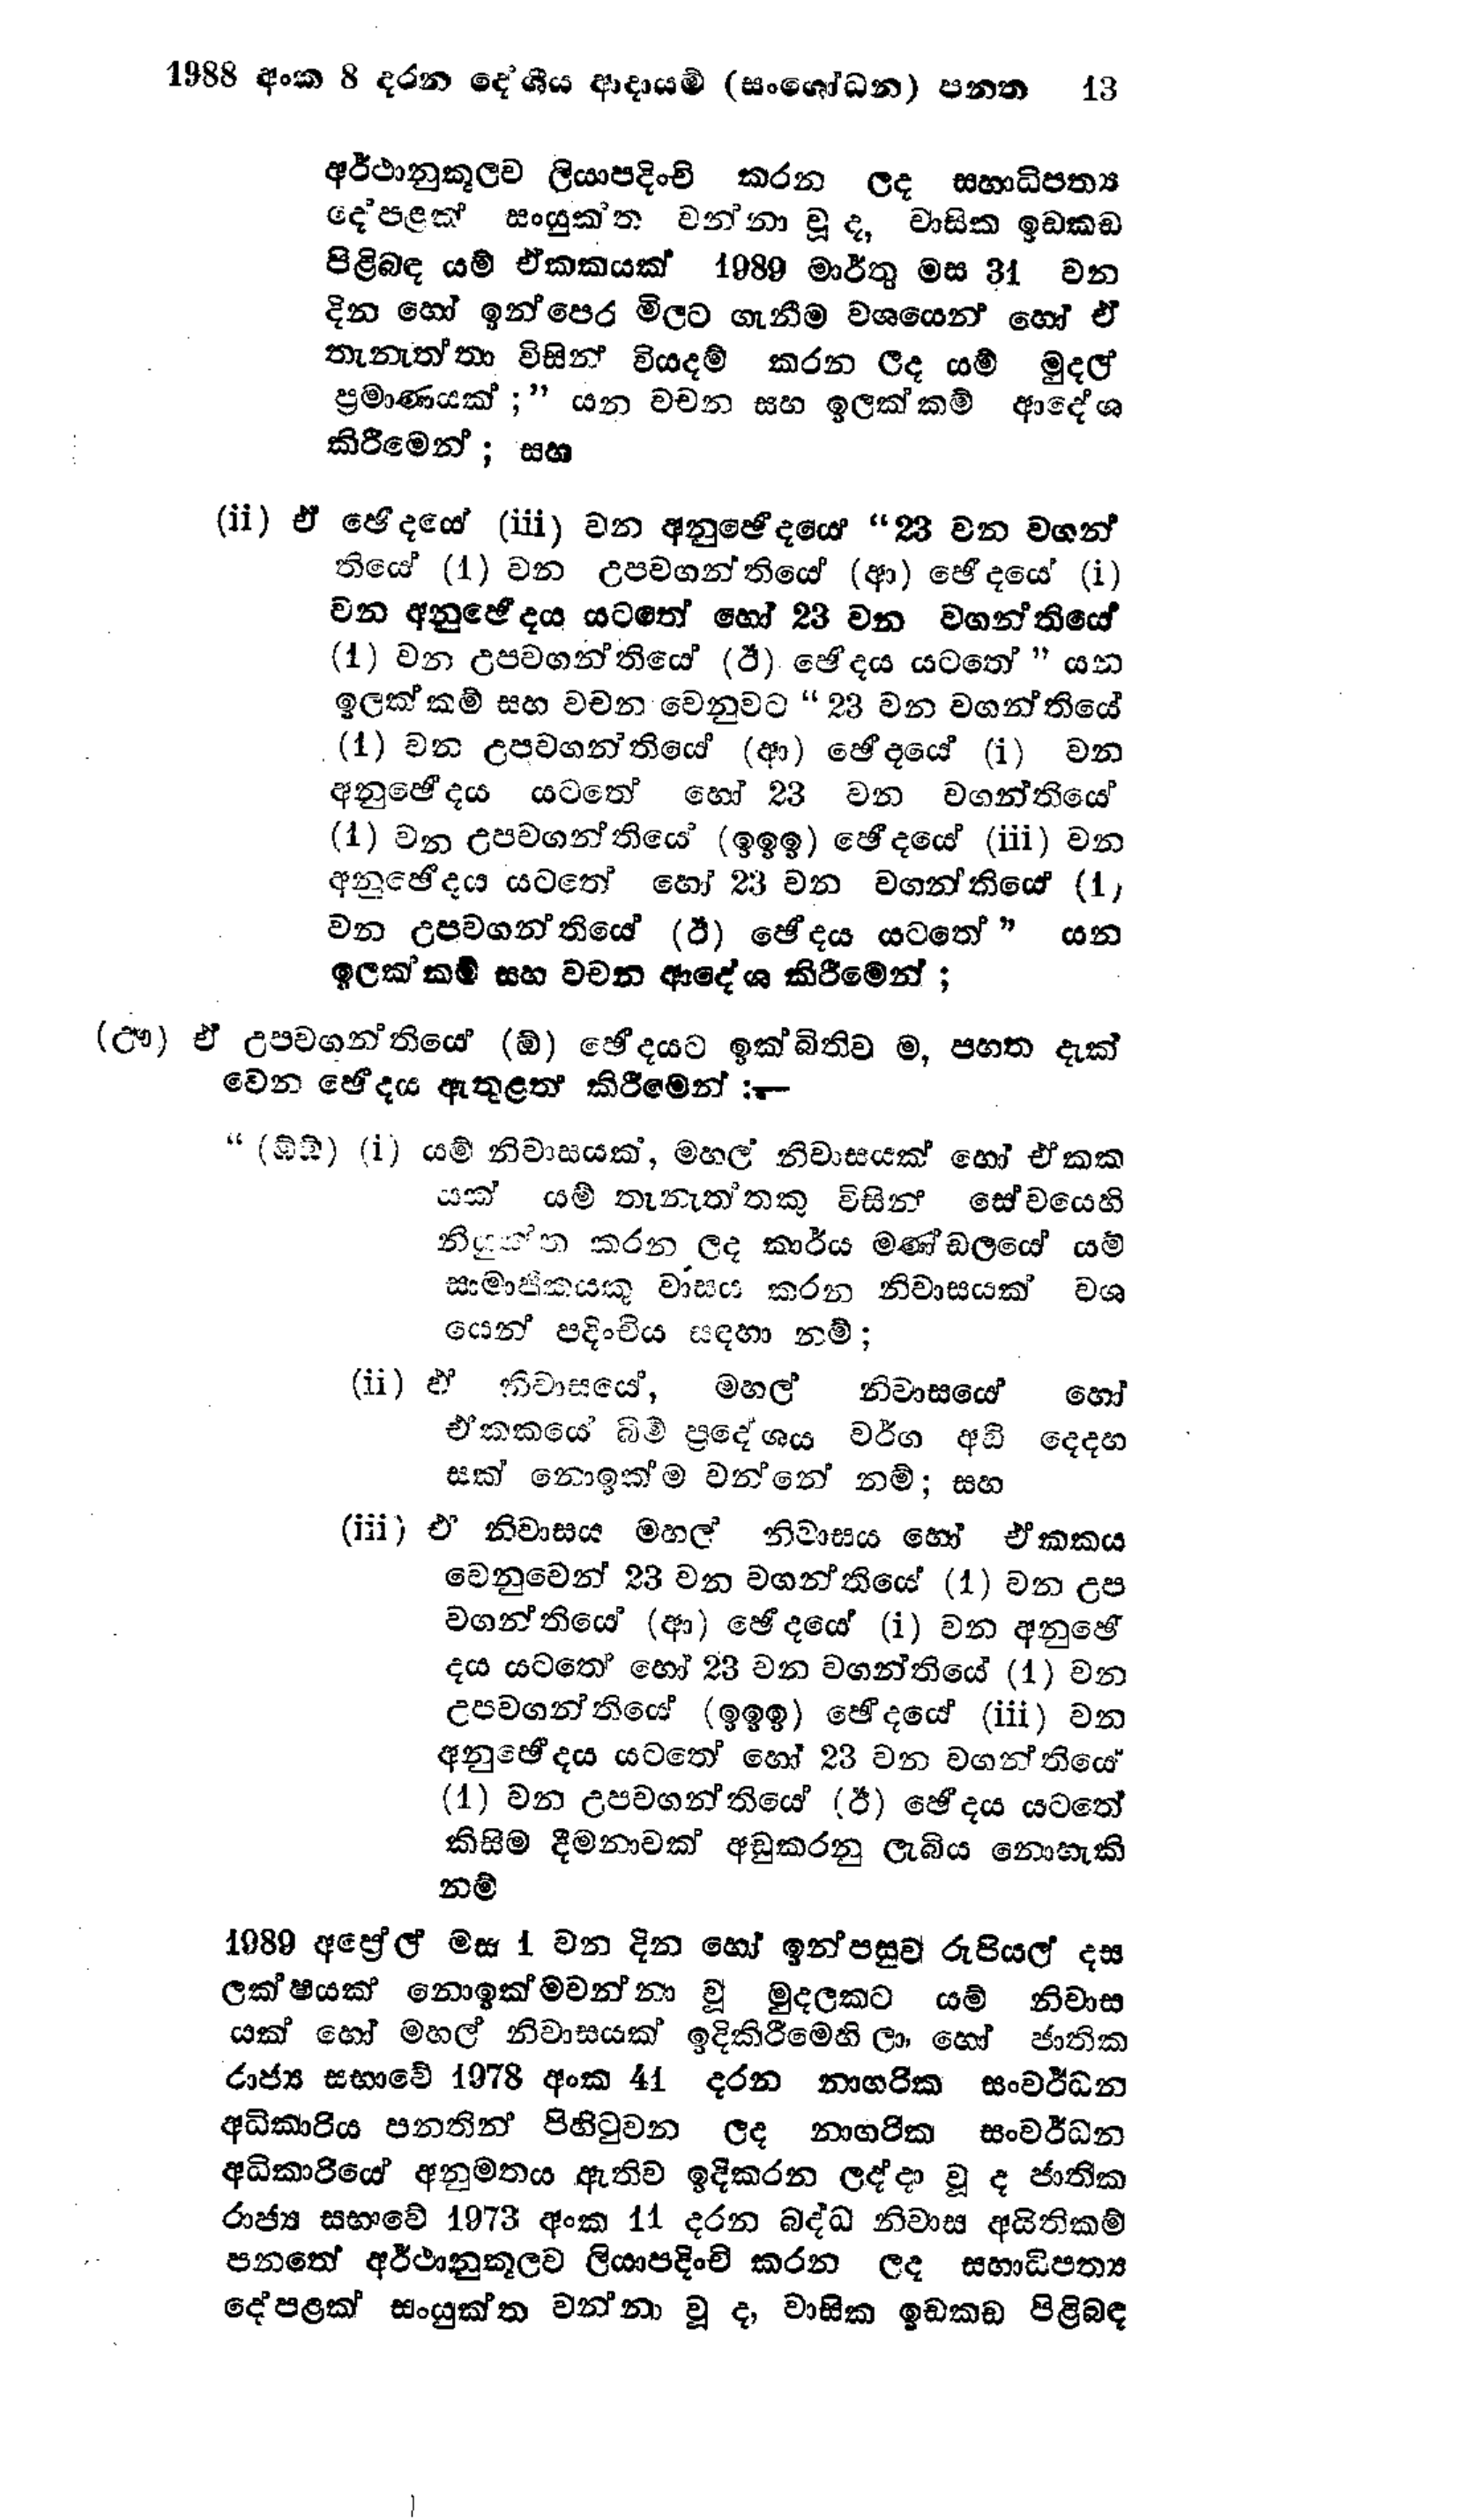
1988 අංක 8 දරන දේශීය ආදායම් (සංශෝධන) පනත 13

අර්ථානුකූලව ලියාපදිංචි කරන ලද සහාධිපත්‍ය
දේපළත් සංයුක්ත වන්නා වූ ද, වාසික ඉඩකඩ
පිළිබඳ යම් ඒකකයක් 1989 මාර්තු මස 31 වන
දින හෝ ඉන් පෙර මිලට ගැනීම වශයෙන් හෝ ඒ
තැනැත්තා විසින් වියදම් කරන ලද යම් මුදල්
ප්‍රමාණයක්;" යන වචන සහ ඉලක්කම් ආදේශ
කිරීමෙන්; සහ

(ii) ඒ ඡේදයේ (iii) වන අනුඡේදයේ " 23 වන වගන්
තියේ (1) වන උපවගන්තියේ (ආ) ඡේදයේ (i)
වන අනුඡේදය යටතේ හෝ 23 වන වගන්තියේ
(1) වන උපවගන්තියේ (ඊ) ඡේදය යටතේ " යන
ඉලක්කම් සහ වචන වෙනුවට "23 වන වගන්තියේ
(1) වන උපවගන්තියේ (ආ) ඡේදයේ (i) වන
අනුඡේදය යටතේ හෝ 23 වන වගන්ති‍යේ
(1) වන උපවගන්තියේ (ඉඉඉ) ඡේදයේ (iii) වන
අනුඡේදය යටතේ හෝ 23 වන වගන්තියේ (1)
වන උපවගන්තියේ (ඊ) ඡේදය යටතේ " යන
ඉලක්කම් සහ වචන ආදේශ කිරීමෙන්;

(ඌ) ඒ උපවගන්තියේ (ඕ) ඡේදයට ඉක්බිතිව ම, පහත දැක්
වෙන ඡේදය ඇතුළත් කිරීමෙන්:--

"(ඕම්) (‍i) යම් නිවාසයක්, මහල් නිවාසයක් හෝ ඒකක
යක් යම් තැනැත්තකු විසින් සේවයෙහි
නියුක්ත කරන ලද කාර්ය මණ්ඩලයේ යම්
සාමාජිකයකු වාසය කරන නිවාසයක් වශ
යෙන් පදිංචිය සඳහා නම්;

(ii) ඒ නිවාසයේ, මහල් නිවාසයේ හෝ
ඒකකයේ බිම් ප්‍රදේශය වර්ග අඩි දෙදහ
සක් නොඉක්මවන්නේ නම්; සහ

(iii) ඒ නිවාසය මහල් නිවාසය හෝ ඒකකය
වෙනුවෙන් 23 වන වගන්තියේ (1) වන උප
වගන්තියේ (ආ) ඡේදයේ (1) වන අනුඡේ
දය යටතේ හෝ 23 වන වගන්තියේ (1) වන
උපවගන්තියේ (ඉඉඉ) ඡේදයේ (iii) වන
අනුඡේදය යටතේ හෝ 23 වන වගන්තියේ
(1) වන උපවගන්තියේ (ඊ) ඡේදය යටතේ
කිසිම දීමනාවක් අඩු කරනු ලැබිය නොහැකි
නම්

1989 අප්‍රේල් මස 1 වන දින හෝ ඉන්පසුව රුපියල් දස
ලක්ෂයක් නොඉක්මවන්නා වූ මුදලකට යම් නිවාස
යක් හෝ මහල් නිවාසයක් ඉදිකිරීමෙහි ලා, හෝ ජාතික
රාජ්‍ය සභාවේ 1978 අංක 41 දරන නාගරික සංවර්ධන
අධිකාරිය පනතින් පිහිටුවන ලද නාගරික සංවර්ධන
අධිකාරියේ අනුමතය ඇතිව ඉදි කරන ලද්දා වූ ද ජාතික
රාජ්‍ය සභාවේ 1973 අංක 11 දරන බද්ධ නිවාස අයිතිකම්
පනතේ අර්ථානුකූලව ලියාපදිංචි කරන ලද සහාධිපත්‍ය
දේපළක් සංයුක්ත වන්නා වූ ද, වාසික ඉඩකඩ පිළිබඳ